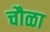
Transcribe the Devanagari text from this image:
चौळा